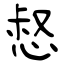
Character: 惄